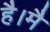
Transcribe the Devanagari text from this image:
है।मै